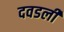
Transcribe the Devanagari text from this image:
दवडली